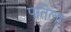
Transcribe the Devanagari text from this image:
पतिला